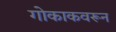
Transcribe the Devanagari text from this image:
गोकाकवरून